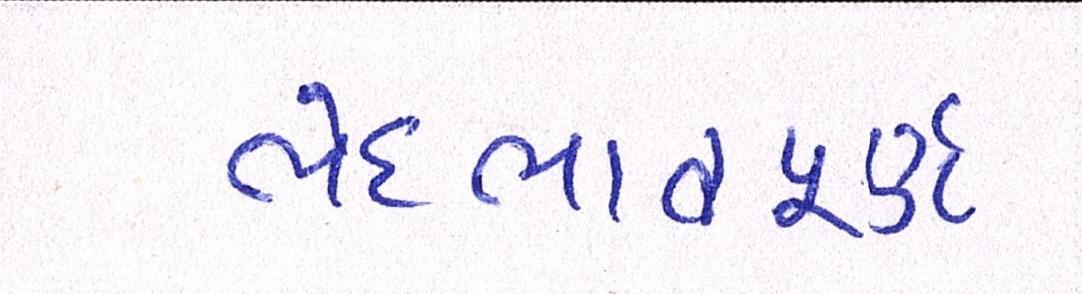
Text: ભેદભાવપૂર્ણ